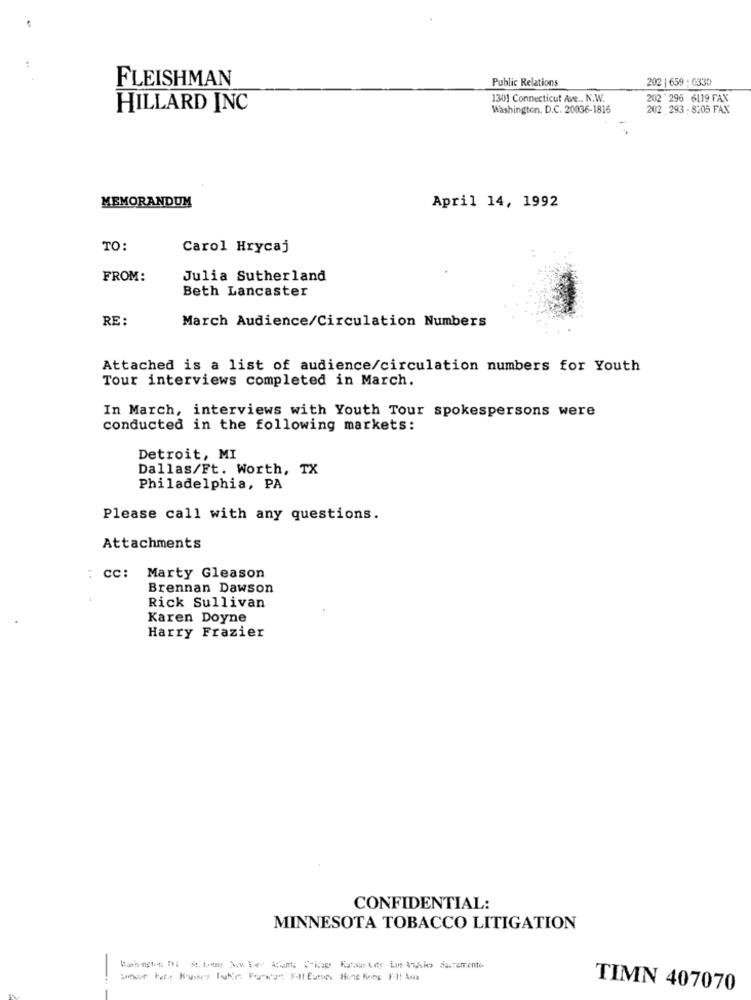
FLEISHMAN
Public Relations
202 | 659 : 0330
1301 Connecticut Ave ., N.W.
202 ' 296 6119 FAX
HILLARD INC
Washington. D.C. 20036-1816
202 293 : 8:05 FAX
MEMORANDUM
April 14, 1992
TO:
Carol Hrycaj
FROM:
Julia Sutherland
Beth Lancaster
RE :
March Audience/Circulation Numbers
Attached is a list of audience/circulation numbers for Youth
Tour interviews completed in March.
In March, interviews with Youth Tour spokespersons were
conducted in the following markets:
Detroit, MI
Dallas/Ft. Worth, TX
Philadelphia, PA
Please call with any questions.
Attachments
: Cc: Marty Gleason
Brennan Dawson
Rick Sullivan
Karen Doyne
Harry Frazier
CONFIDENTIAL:
MINNESOTA TOBACCO LITIGATION
Babington Do St Day No ber Runs Crisps Rooster in take Seramente
TIMN 407070